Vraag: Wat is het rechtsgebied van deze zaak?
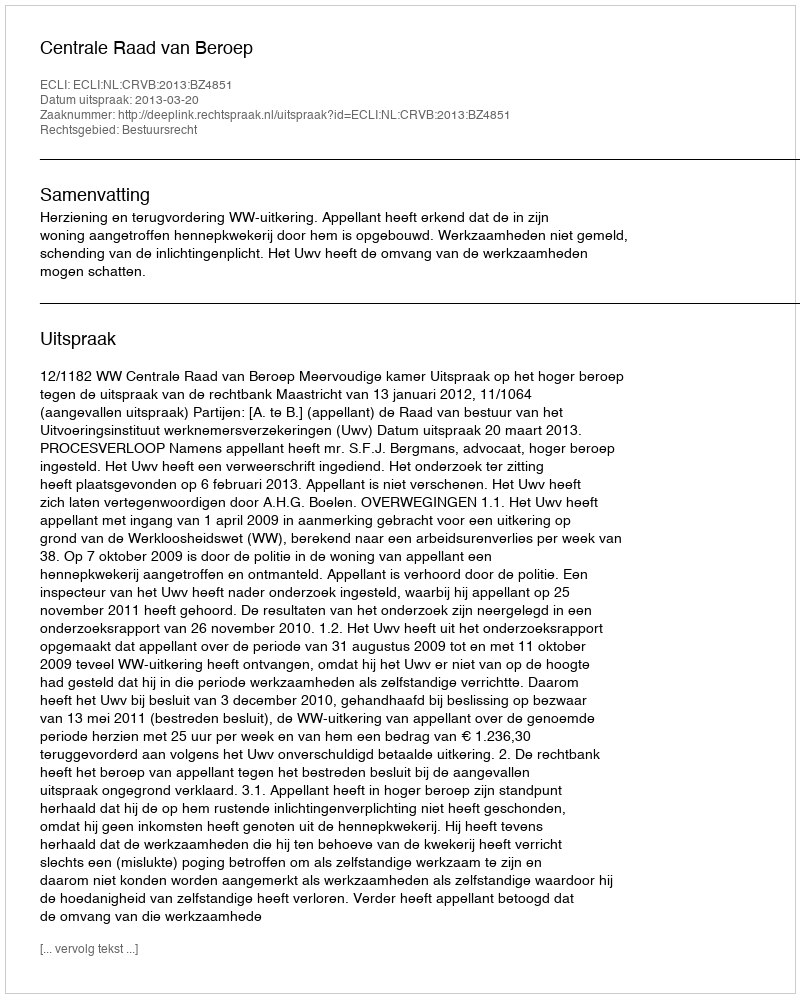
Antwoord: Bestuursrecht